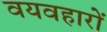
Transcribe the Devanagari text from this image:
वयवहारों